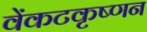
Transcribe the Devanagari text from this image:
वेंकटकृष्णन